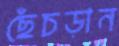
ছেঁচড়ান